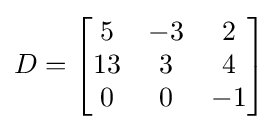
D={\begin{bmatrix}5&-3&2\\13&3&4\\0&0&-1\end{bmatrix}}